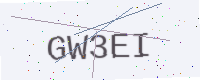
Text: GW3EI